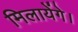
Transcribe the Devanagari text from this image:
मिलायेंगे।